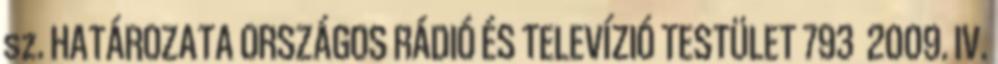
sz. HATÁROZATA ORSZÁGOS RÁDIÓ ÉS TELEVÍZIÓ TESTÜLET 793 2009. IV.